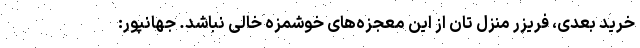
خرید بعدی، فریزر منزل تان از این معجزه‌های خوشمزه خالی نباشد. جهانپور: